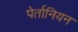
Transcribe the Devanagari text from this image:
पेर्तानियन